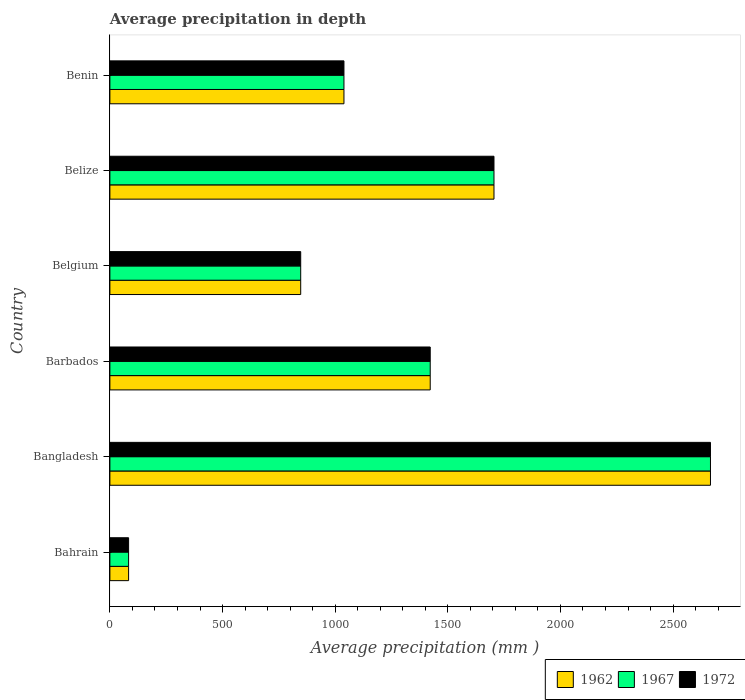
| Country | 1962 | 1967 | 1972 |
 | --- | --- | --- | --- |
 | Bahrain | 83 | 83 | 83 |
 | Bangladesh | 2.67e+03 | 2.67e+03 | 2.67e+03 |
 | Barbados | 1.42e+03 | 1.42e+03 | 1.42e+03 |
 | Belgium | 847 | 847 | 847 |
 | Belize | 1.70e+03 | 1.70e+03 | 1.70e+03 |
 | Benin | 1.04e+03 | 1.04e+03 | 1.04e+03 |